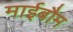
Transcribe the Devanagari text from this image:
माईबौम